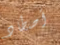
أصطاد